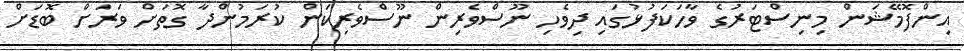
އިންފޮމޭޝަން މިނިސްޓަރުގެ ވާހަކަފުޅުގައި ދިވެހި ނޫސްވެރިން ނޫސްވެރިކަން ކުރަމުންދާ ގޮތަށް ވަރަށް ބޮޑަށް